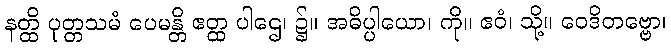
နတ္ထိ ပုတ္တသမံ ပေမန္တိ ဧတ္ထ ပါဌေ၊ ၌။ အဓိပ္ပါယော၊ ကို။ ဧဝံ၊ သို့။ ဝေဒိတဗ္ဗော၊